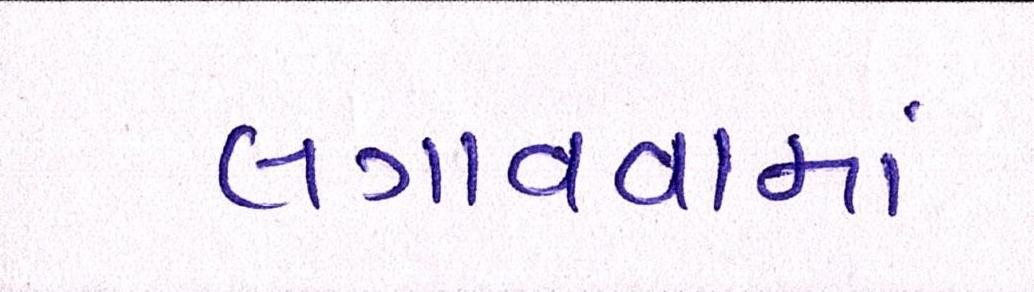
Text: લગાવવામાં